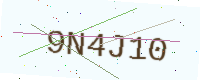
Text: 9N4J10